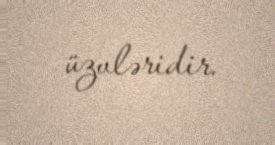
üzvləridir.